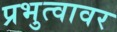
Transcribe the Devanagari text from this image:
प्रभुत्वावर